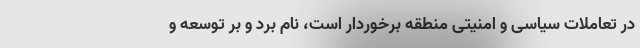
در تعاملات سیاسی و امنیتی منطقه برخوردار است، نام برد و بر توسعه و